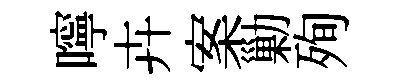
嚀卉案勦殉